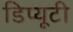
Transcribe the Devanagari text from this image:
डिप्यूटी